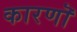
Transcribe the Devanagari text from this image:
कारणॊ